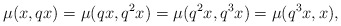
\begin{align*}\mu(x,qx)=\mu(qx,q^{2}x)=\mu(q^{2}x,q^{3}x)=\mu(q^{3}x,x),\end{align*}